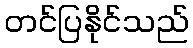
တင်ပြနိုင်သည်